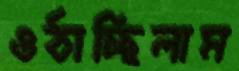
ওঠাচ্ছিলাম